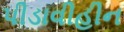
પીડાવીહીન